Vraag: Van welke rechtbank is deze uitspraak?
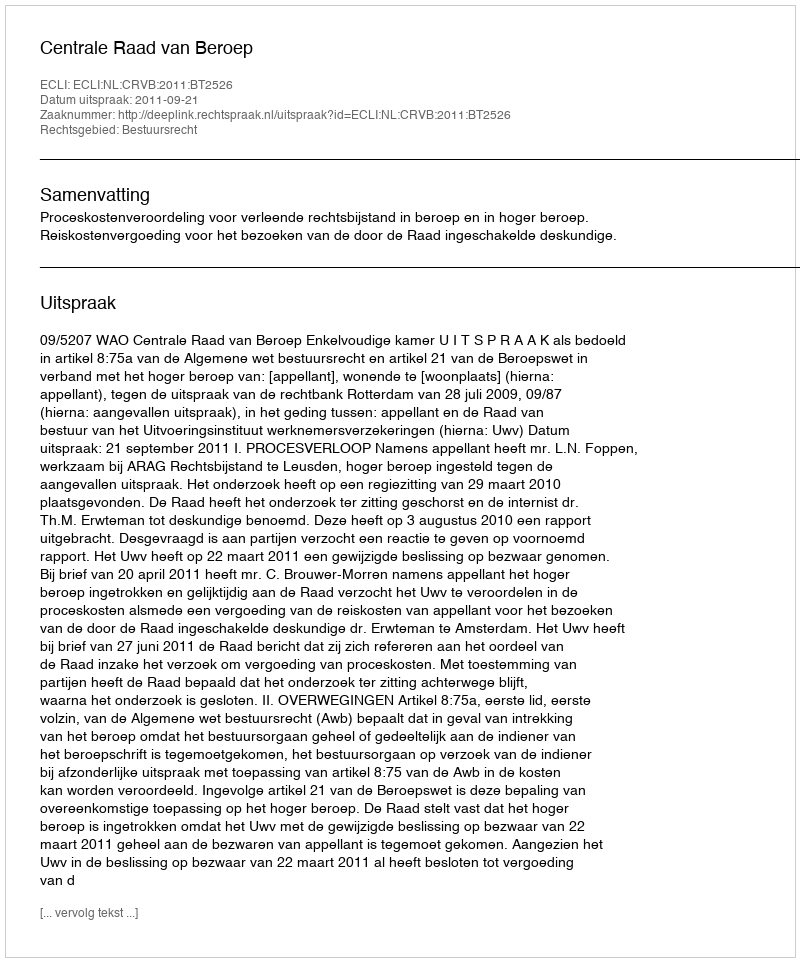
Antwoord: Centrale Raad van Beroep